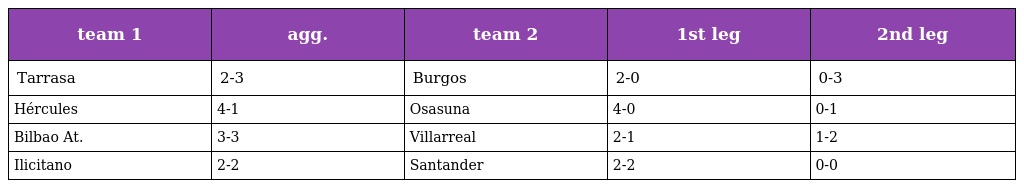
| team 1 | agg. | team 2 | 1st leg | 2nd leg |
 | --- | --- | --- | --- | --- |
 | Tarrasa | 2-3 | Burgos | 2-0 | 0-3 |
 | Hércules | 4-1 | Osasuna | 4-0 | 0-1 |
 | Bilbao At. | 3-3 | Villarreal | 2-1 | 1-2 |
 | Ilicitano | 2-2 | Santander | 2-2 | 0-0 |